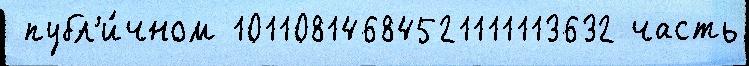
 публ'и́чном 10110814684521111113632 часть